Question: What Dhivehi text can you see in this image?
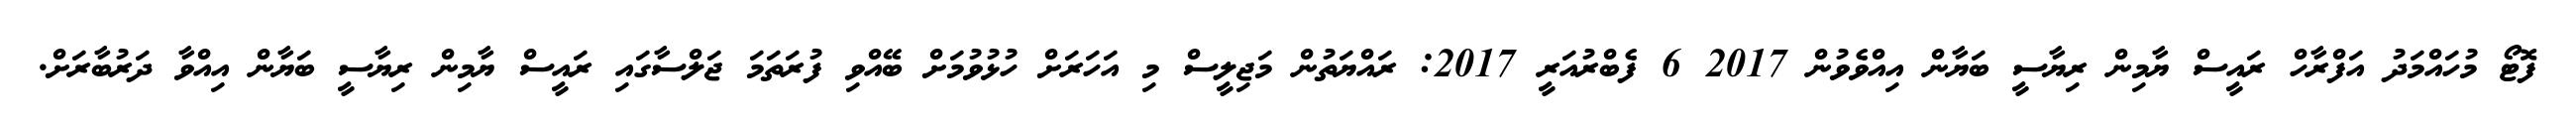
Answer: ފޮޓޯ މުހައްމަދު އަފްރާހް ރައީސް ޔާމިން ރިޔާސީ ބަޔާން އިއްވެވުން 2017 6 ފެބްރުއަރީ 2017: ރައްޔަތުން މަޖިލީސް މި އަހަރަށް ހުޅުވުމަށް ބޭއްވި ފުރަތަމަ ޖަލްސާގައި ރައީސް ޔާމިން ރިޔާސީ ބަޔާން އިއްވާ ދަރުބާރަށް.